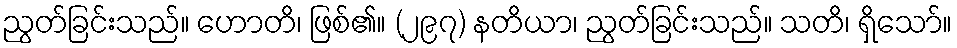
ညွတ်ခြင်းသည်။ ဟောတိ၊ ဖြစ်၏။ (၂၉၇) နတိယာ၊ ညွတ်ခြင်းသည်။ သတိ၊ ရှိသော်။